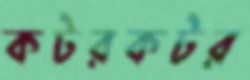
কটরকটর